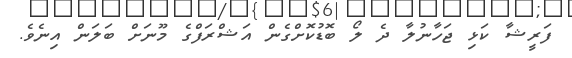
ފަރީޝާ ކަޅި ޖަހާނުލާ ދެ ލޯ ބޮޑުކޮށްގެން އަޝްރަފްގެ މޫނަށް ބަލަން އިނެވެ.